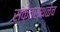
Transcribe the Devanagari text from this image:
संकेतस्थळेच